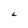
Character: L